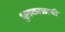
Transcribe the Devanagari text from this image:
भुतकाळाची